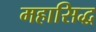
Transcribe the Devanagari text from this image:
महासिद्ध